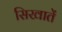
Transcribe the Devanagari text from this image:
सिखातें